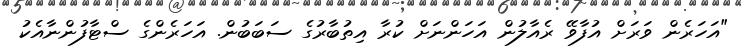
"އަހަރެން ވަރަށް އުފާވޭ ރެއާލުން އަހަންނަށް ކުރާ އިތުބާރުގެ ސަބަބުން. އަހަރެންގެ ސްޓާފުންނާއެކު